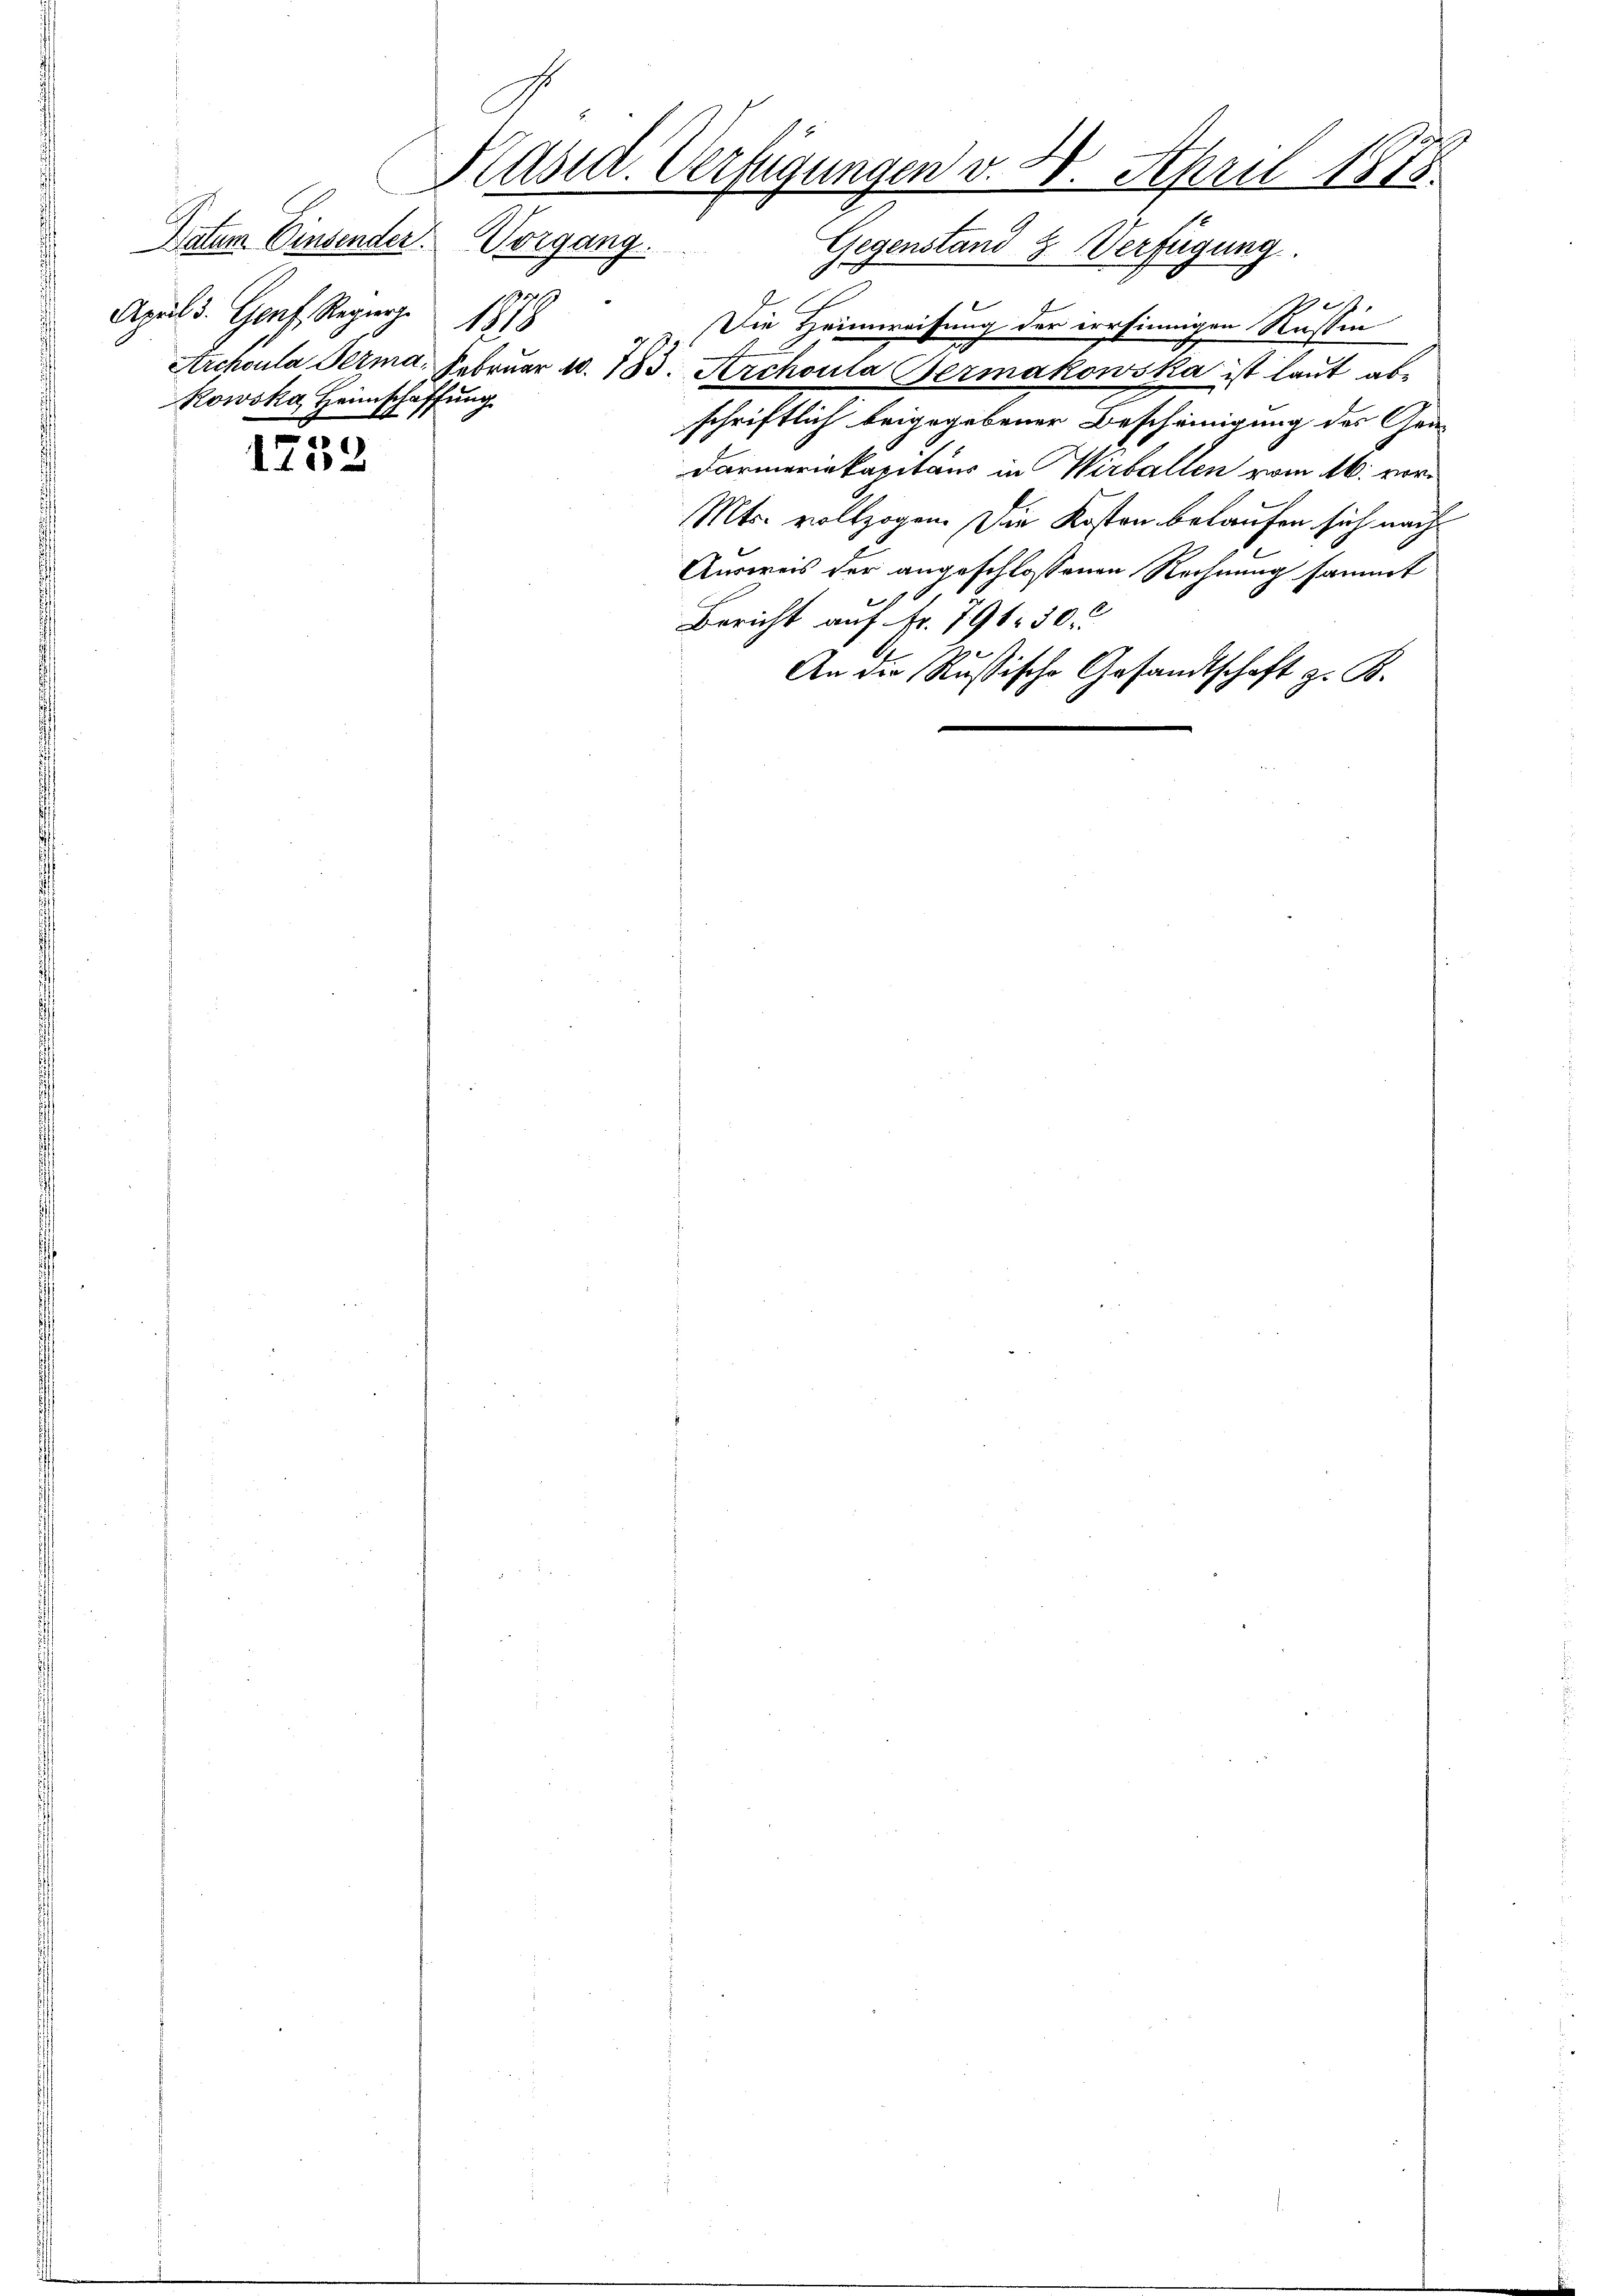
April d. Genf, Regierge
18
Rowska, Heimschaffung

1752

Käsid. Verfügungen v. 2. April 1878
Datum Einsender Vorgang.
Gegenstand & Verfügung

1
Die Heimweisung der irrsinnigen Russen
Archoula derma. Februar u. 183. Archoula Bermakowska ist laut ab-
schriftlich beigegebener Bescheinigung des Gra-
Darmeriekapitaus in Wirballen vom 16. vor
Mts. vollzogen. Die Kosten belaufen sich nach
Ausweis der angeschlossenen Rechnung sammt
t
Bericht auf Fr. 791. 30
An die Rußische Gesandtschaft z. B.